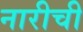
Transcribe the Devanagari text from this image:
नारीची